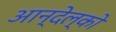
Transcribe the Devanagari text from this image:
आन्देल्को